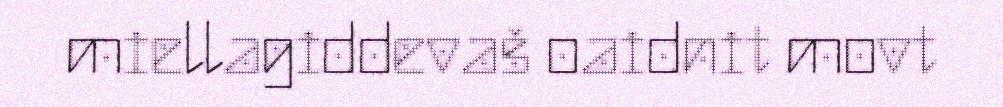
miellagiddevaš oaidnit movt